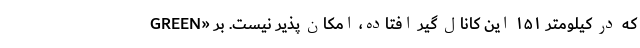
GREEN» که در کیلومتر ۱۵۱ این کانال گیر افتاده، امکان پذیر نیست. بر